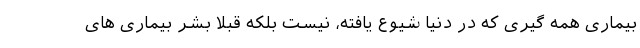
بیماری همه گیری که در دنیا شیوع یافته، نیست بلکه قبلا بشر بیماری های